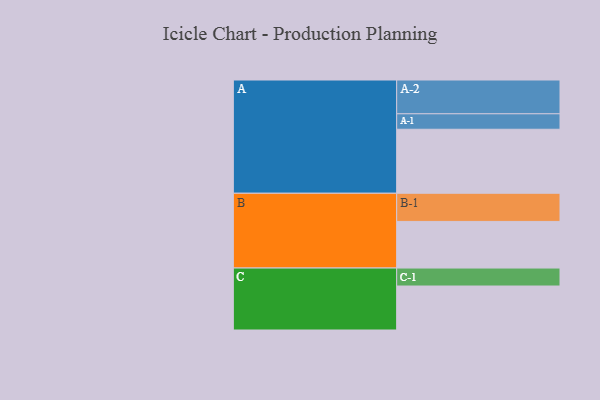
{"axis": {"x": "Segment", "y": "Value"}, "legend": ["", "A", "B", "C"], "data": [{"x": "A", "y": 534, "type": ""}, {"x": "B", "y": 389, "type": ""}, {"x": "C", "y": 367, "type": ""}, {"x": "A-1", "y": 129, "type": "A"}, {"x": "A-2", "y": 282, "type": "A"}, {"x": "B-1", "y": 235, "type": "B"}, {"x": "C-1", "y": 150, "type": "C"}]}